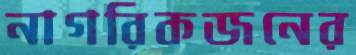
নাগরিকজনের